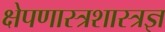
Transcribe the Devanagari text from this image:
क्षेपणास्त्रशास्त्रज्ञ